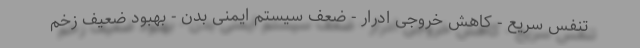
تنفس سریع - کاهش خروجی ادرار - ضعف سیستم ایمنی بدن - بهبود ضعیف زخم